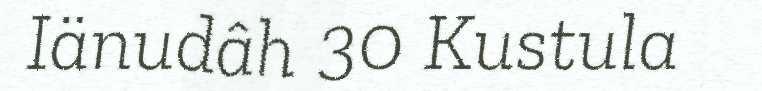
Iänudâh 30 Kustula